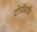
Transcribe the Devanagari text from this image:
टोपॉग्रफ़ी